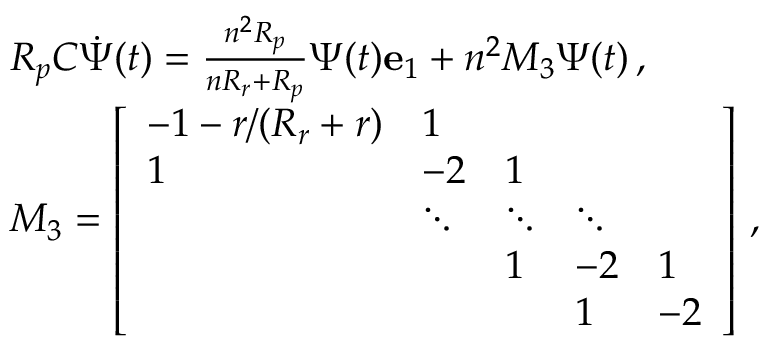
\begin{array} { r l } & { R _ { p } C \dot { \boldsymbol { \Psi } } ( t ) = \frac { n ^ { 2 } R _ { p } } { n R _ { r } + R _ { p } } \Psi ( t ) \mathbf { e } _ { 1 } + n ^ { 2 } M _ { 3 } \boldsymbol { \Psi } ( t ) \, , } \\ & { M _ { 3 } = \left[ \begin{array} { l l l l l } { - 1 - r / ( R _ { r } + r ) } & { 1 } & & & \\ { 1 } & { - 2 } & { 1 } & & \\ & { \ddots } & { \ddots } & { \ddots } & \\ & & { 1 } & { - 2 } & { 1 } \\ & & & { 1 } & { - 2 } \end{array} \right] \, , } \end{array}